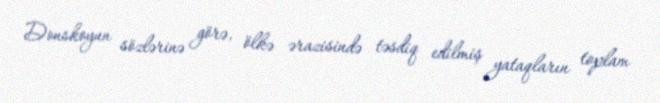
Donskoyun sözlərinə görə, ölkə ərazisində təsdiq edilmiş yataqların toplam